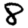
Digit: 8